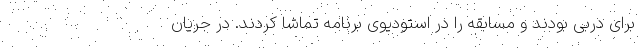
برای دربی بودند و مسابقه را در استودیوی برنامه تماشا کردند. در جریان